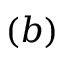
( b )